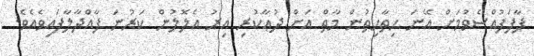
ފާފަފުއްސެވުމަށް އޭނަ ހިތާހިތުން މާތް އަށް ދުޢާކުރި އިރު އެލޮލުން ކަރުނަ ފާއްދާލާފައިވެއެވެ.